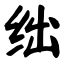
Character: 绌